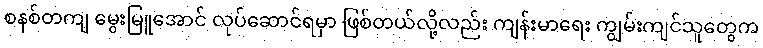
စနစ်တကျ မွေးမြူအောင် လုပ်ဆောင်ရမှာ ဖြစ်တယ်လို့လည်း ကျန်းမာရေး ကျွမ်းကျင်သူတွေက